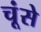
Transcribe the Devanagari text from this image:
चूंसे